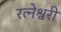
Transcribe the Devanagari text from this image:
रत्नेश्वरी